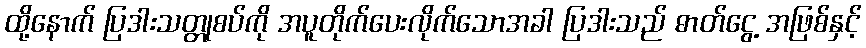
ထို့နောက် ပြဒါးသတ္တုစပ်ကို အပူတိုက်ပေးလိုက်သောအခါ ပြဒါးသည် ဓာတ်ငွေ့ အဖြစ်နှင့်